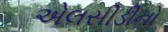
એલસીડીનો